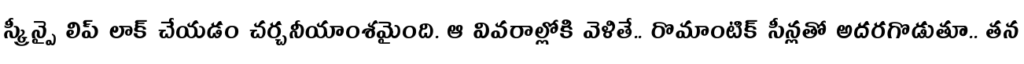
స్క్రీన్పై లిప్ లాక్ చేయడం చర్చనీయాంశమైంది. ఆ వివరాల్లోకి వెళితే.. రొమాంటిక్ సీన్లతో అదరగొడుతూ.. తన